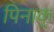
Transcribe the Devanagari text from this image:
पिनाक्